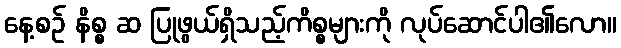
နေ့စဉ် နိစ္စ ဆ ပြုဖွယ်ရှိသည့်ကိစ္စများကို လုပ်ဆောင်ပါ၏လော။